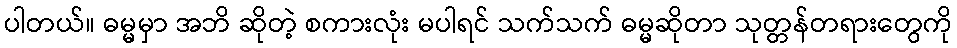
ပါတယ်။ ဓမ္မမှာ အဘိ ဆိုတဲ့ စကားလုံး မပါရင် သက်သက် ဓမ္မဆိုတာ သုတ္တန်တရားတွေကို